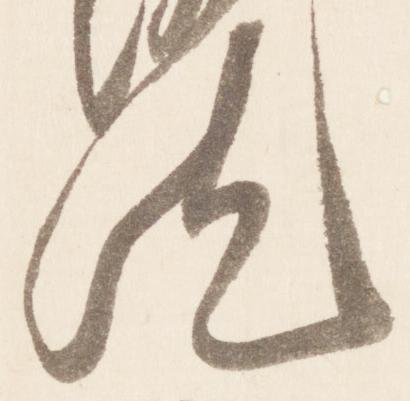
汰